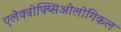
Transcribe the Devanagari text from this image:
एलेक्त्रोफ्य्सिओलोगिकल